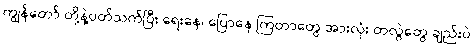
ကျွန်တော် တို့နဲ့ပတ်သက်ပြီး ရေးနေ၊ ပြောနေ ကြတာတွေ အားလုံး တလွဲတွေ ချည်းပဲ